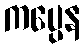
ကပ္ပေန